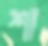
শ